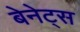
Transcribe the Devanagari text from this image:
बेनेट्स